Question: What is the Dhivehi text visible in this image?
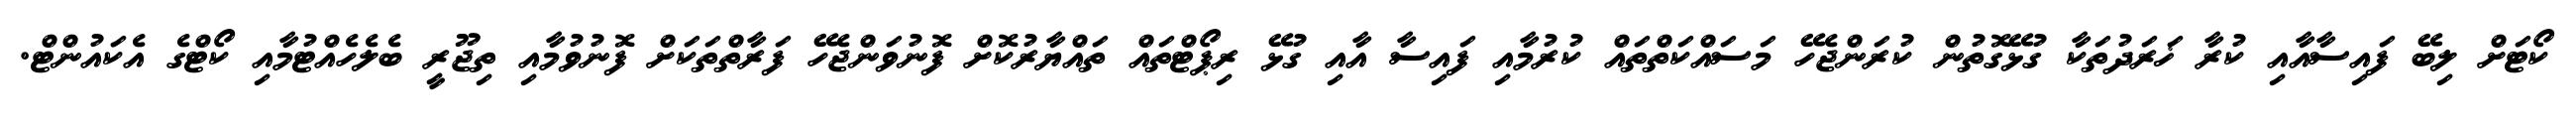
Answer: ކޯޓަށް ލިބޭ ފައިސާއާއި ކުރާ ޚަރަދުތަކާ ގުޅޭގޮތުން ކުރަންޖެހޭ މަސައްކަތްތައް ކުރުމާއި ފައިސާ އާއި ގުޅޭ ރިޕޯޓްތައް ތައްޔާރުކޮށް ފޮނުވަންޖެހޭ ފަރާތްތަކަށް ފޮނުވުމާއި ތިޖޫރީ ބެލެހެއްޓުމާއި ކޯޓްގެ އެކައުންޓް.